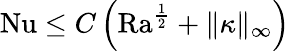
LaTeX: \begin{array}{r}{\mathrm{{Nu}}\leq C\left(\mathrm{{Ra}}^{\frac{1}{2}}+\| \kappa\| _{\infty}\right)}\end{array}